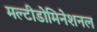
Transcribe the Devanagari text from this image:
मल्टीडोमिनेशनल